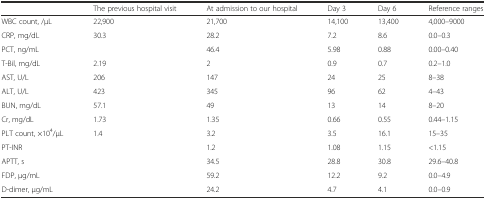
|  | The previous hospital visit | At admission to our hospital | Day 3 | Day 6 | Reference ranges |
 | --- | --- | --- | --- | --- | --- |
 | WBC count, /μL | 22,900 | 21,700 | 14,100 | 13,400 | 4,000–9000 |
 | CRP, mg/dL | 30.3 | 28.2 | 7.2 | 8.6 | 0.0–0.3 |
 | PCT, ng/mL |  | 46.4 | 5.98 | 0.88 | 0.00–0.40 |
 | T-Bil, mg/dL | 2.19 | 2 | 0.9 | 0.7 | 0.2–1.0 |
 | AST, U/L | 206 | 147 | 24 | 25 | 8–38 |
 | ALT, U/L | 423 | 345 | 96 | 62 | 4–43 |
 | BUN, mg/dL | 57.1 | 49 | 13 | 14 | 8–20 |
 | Cr, mg/dL | 1.73 | 1.35 | 0.66 | 0.55 | 0.44–1.15 |
 | PLT count, ×104/μL | 1.4 | 3.2 | 3.5 | 16.1 | 15–35 |
 | PT-INR |  | 1.2 | 1.08 | 1.15 | <1.15 |
 | APTT, s |  | 34.5 | 28.8 | 30.8 | 29.6–40.8 |
 | FDP, μg/mL |  | 59.2 | 12.2 | 9.2 | 0.0–4.9 |
 | D-dimer, μg/mL |  | 24.2 | 4.7 | 4.1 | 0.0–0.9 |